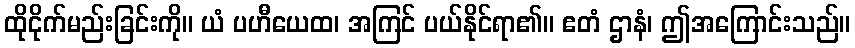
ထိုငိုက်မည်းခြင်းကို။ ယံ ပဟီယေထ၊ အကြင် ပယ်နိုင်ရာ၏။ ဧတံ ဌာနံ၊ ဤအကြောင်းသည်။